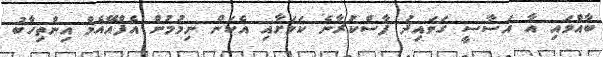
ބާއްވައި އާ އަސާސީ ގަވައިދު ފާސްކުރާނެ ކަމަށާއި އެކަން ނިމުމުން އެފްއޭއެމް އިންތިހާބު